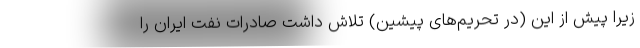
زیرا پیش از این (در تحریم‌های پیشین) تلاش داشت صادرات نفت ایران را